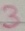
Text: 3